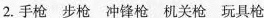
2.手枪 步枪 冲锋枪 机关枪 玩具枪